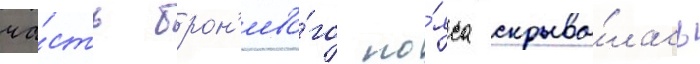
ча́сть брон'ево́го по́яса скрыва́лась